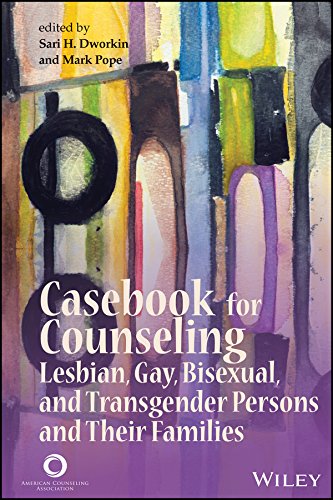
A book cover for Casebook for Counseling Lesbian, Gay, Bisexual, and Transgender Persons and Their Families; Sari H. Dworkin; Gay & Lesbian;